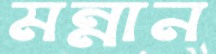
মন্নান